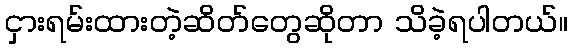
ငှားရမ်းထားတဲ့ဆိတ်တွေဆိုတာ သိခဲ့ရပါတယ်။